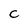
Character: C